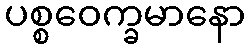
ပစ္စဝေက္ခမာနော